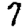
Digit: 7